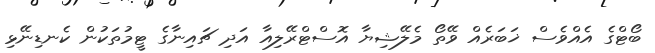
ބޯޓްގެ އެއްވެސް ޚަބަރެއް ވޭތޯ މެލޭޝިޔާ އޮސްޓްރޭލިއާ އަދި ޗައިނާގެ ޓީމުތަކުން ކެނޑިނޭޅި